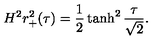
H ^ { 2 } r _ { + } ^ { 2 } ( \tau ) = \frac { 1 } { 2 } \tanh ^ { 2 } \frac { \tau } { \sqrt { 2 } } .